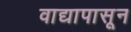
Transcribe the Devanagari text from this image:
वाद्यापासून